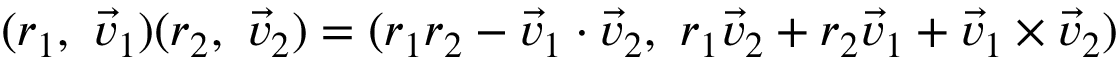
( r _ { 1 } , \ { \vec { v } } _ { 1 } ) ( r _ { 2 } , \ { \vec { v } } _ { 2 } ) = ( r _ { 1 } r _ { 2 } - { \vec { v } } _ { 1 } \cdot { \vec { v } } _ { 2 } , \ r _ { 1 } { \vec { v } } _ { 2 } + r _ { 2 } { \vec { v } } _ { 1 } + { \vec { v } } _ { 1 } \times { \vec { v } } _ { 2 } )